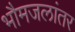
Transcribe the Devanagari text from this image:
भौमजलांतर